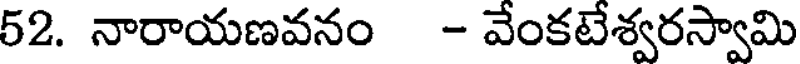
52. నారాయణవనం - వేంకటేశ్వరస్వామి